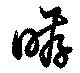
哮